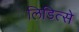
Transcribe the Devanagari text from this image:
लिडित्से